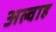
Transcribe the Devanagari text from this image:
अल्वाह